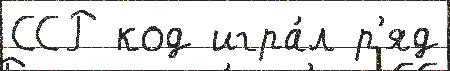
ССР код игра́л р'яд